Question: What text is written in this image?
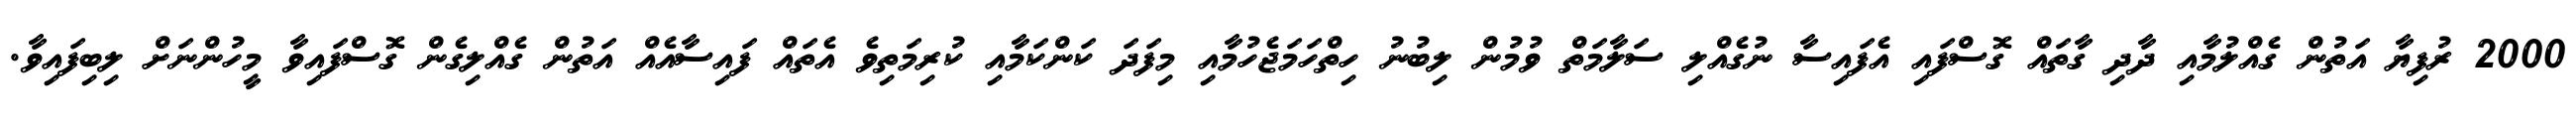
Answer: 2000 ރުފިޔާ އަތުން ގެއްލުމާއި ދާދި ގާތައް ގޮސްފައި އެފައިސާ ނުގެއްލި ސަލާމަތް ވުމުން ލިބުނު ހިތްހަމަޖެހުމާއި މިފަދަ ކަންކަމާއި ކުރިމަތިވެ އެތައް ފައިސާއެއް އަތުން ގެއްލިގެން ގޮސްފައިވާ މީހުންނަށް ލިބިފައިވާ.